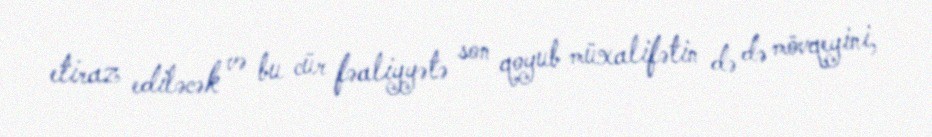
etiraz ediləcək və bu cür fəaliyyətə son qoyub müxalifətin də də mövqeyini,